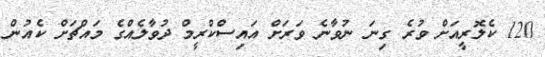
120 ކެލޮރީއަށް ވުރެ ގިނަ ނުވާނެ ވަރަށް އައިސްކްރީމް ދުވާލެއްގެ މައްޗަށް ކެއުން